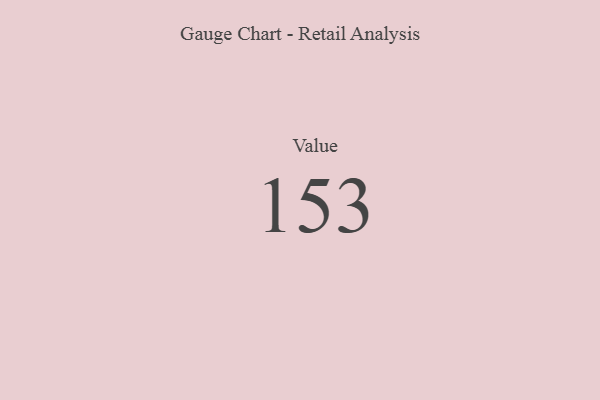
{"axis": {"x": "Metric", "y": "Value"}, "legend": [""], "data": [{"x": "Value", "y": 153, "type": ""}]}